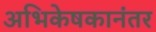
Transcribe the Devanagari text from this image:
अभिकेषकानंतर